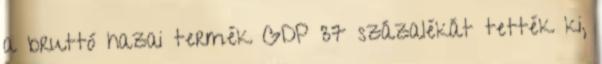
a bruttó hazai termék GDP 37 százalékát tették ki,